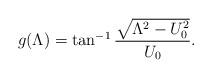
LaTeX: \begin{align*}g(\Lambda)= \tan^{-1} \frac{\sqrt{\Lambda^2-U_0^2}}{U_0}.\end{align*}